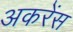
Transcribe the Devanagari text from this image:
अकरेंस